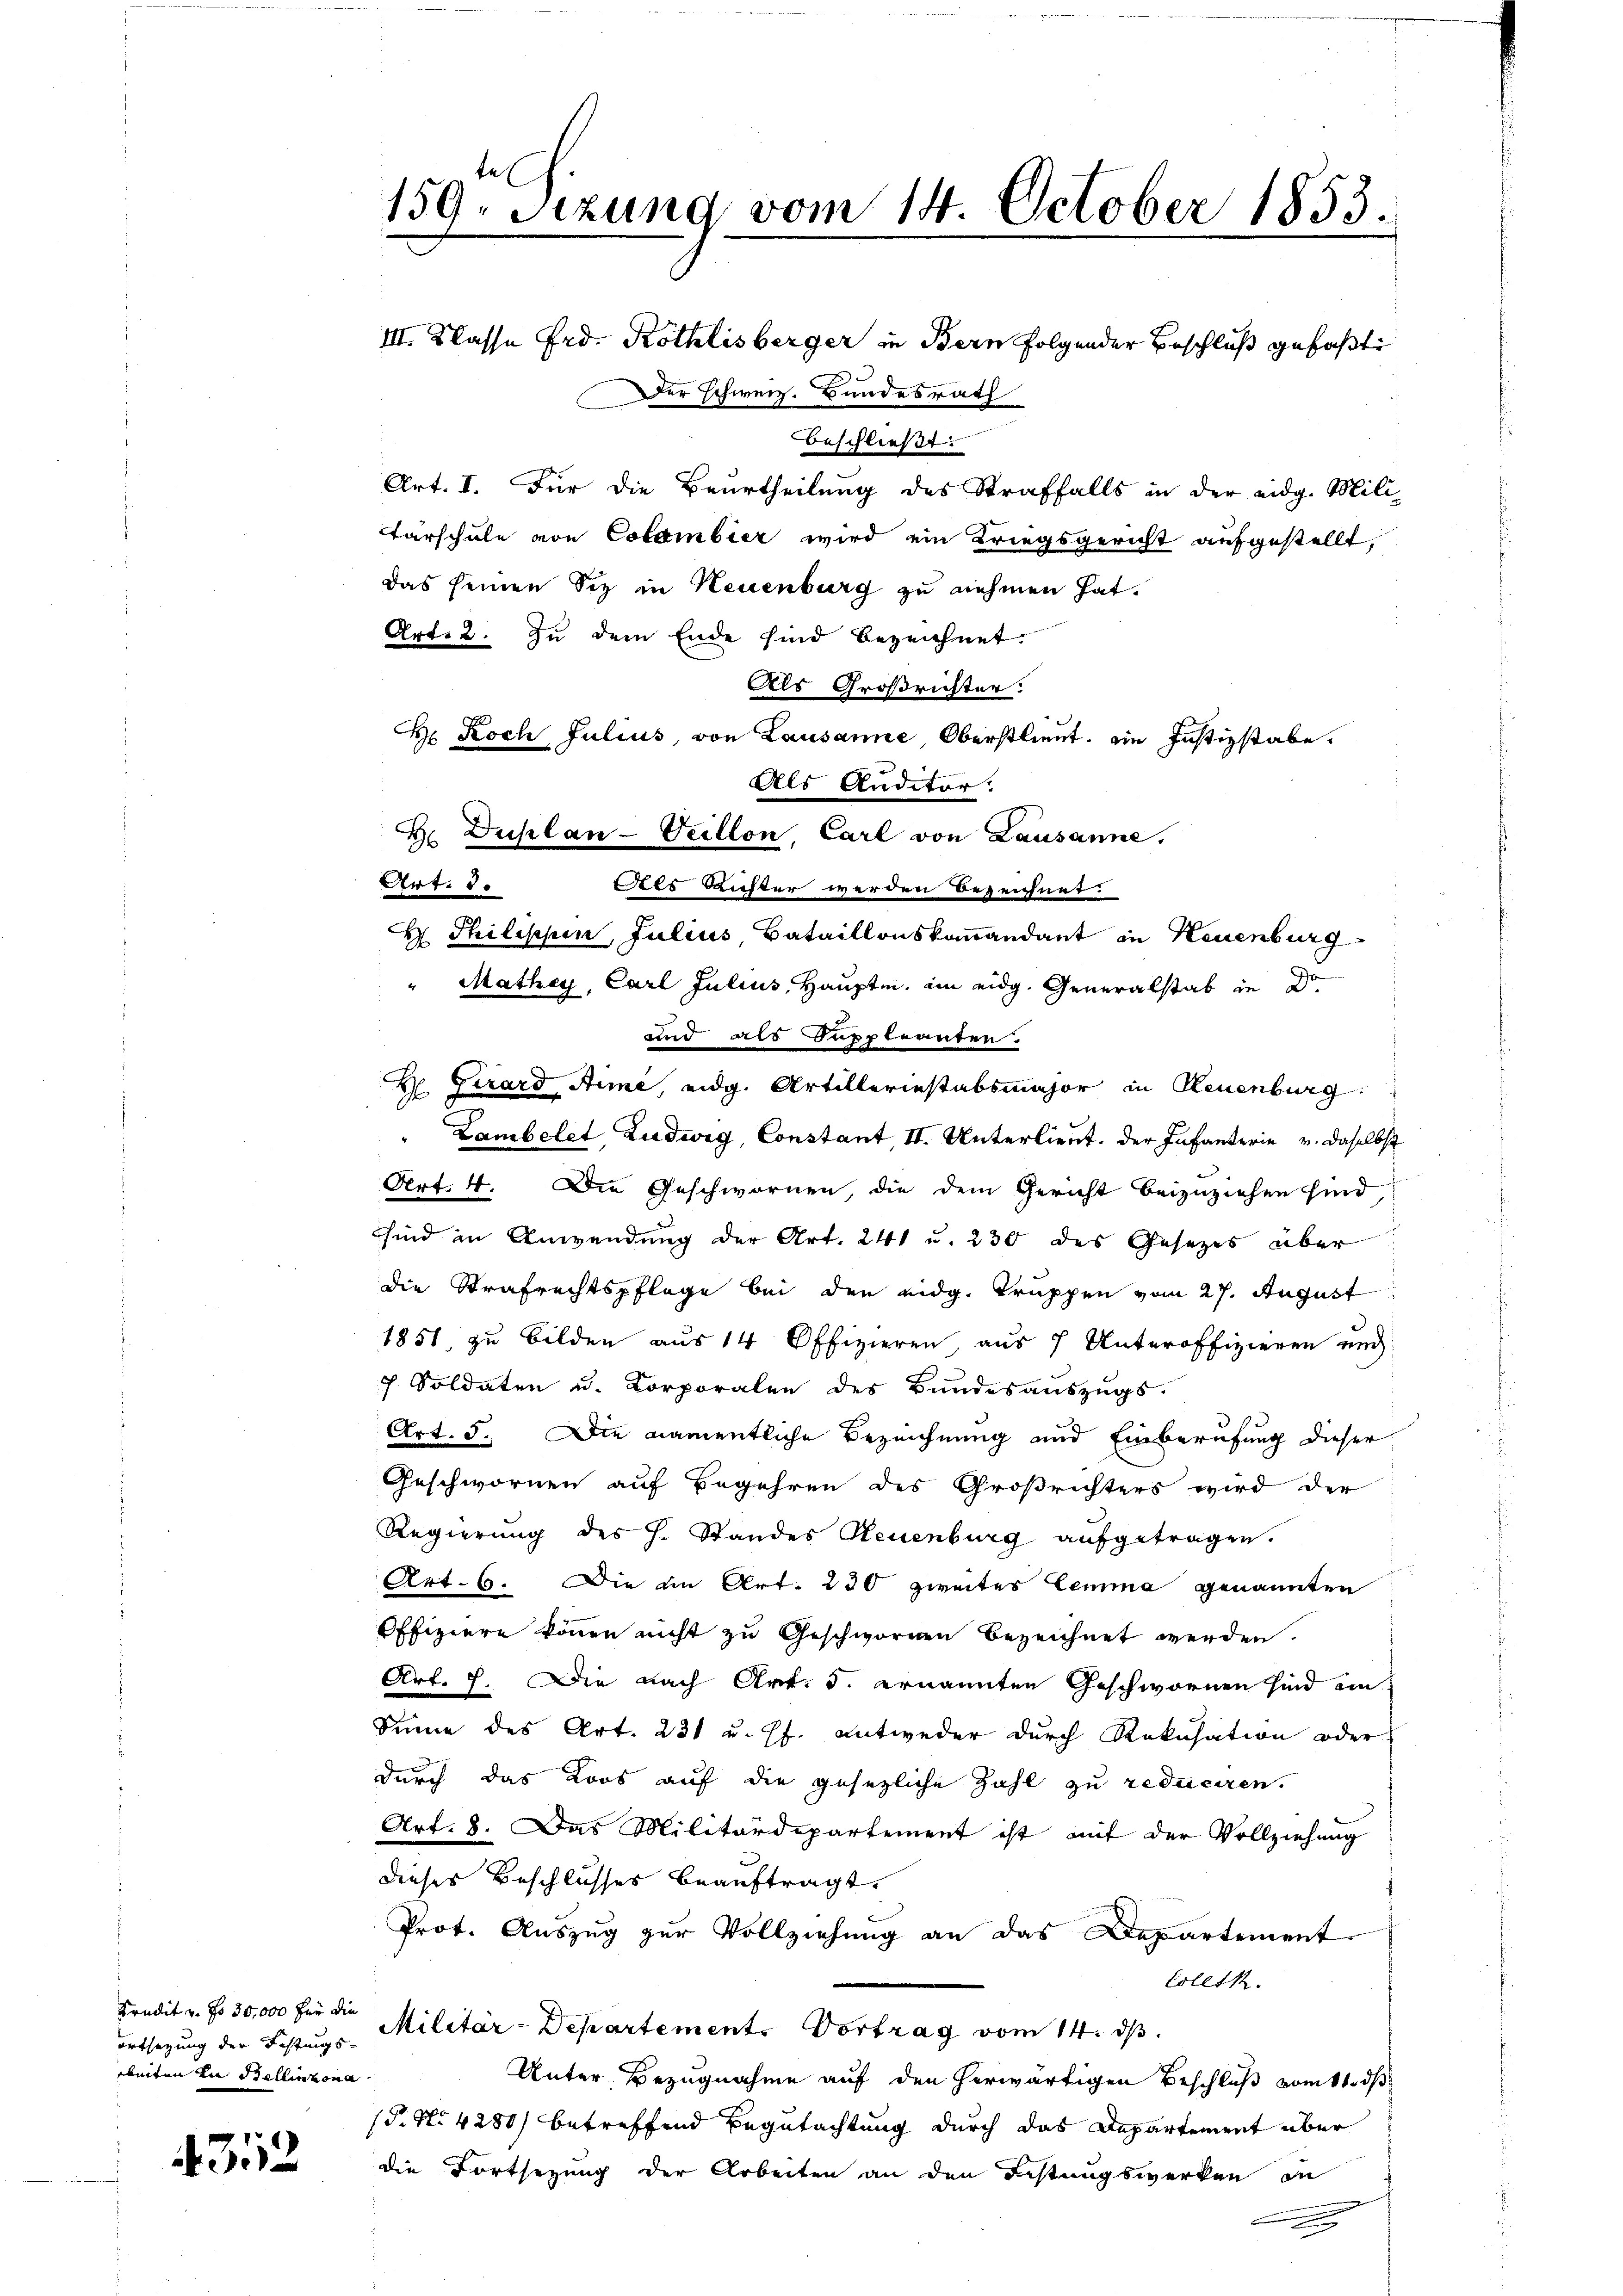
Kredit v. No 30,000 für die
ortsetzung der Festungs-
beiten in Stellinzona

4312

159. Sizung vom 14. October 1853.

III. Klasse Frd. Röthlisberger in Bern folgender Beschluß gefaßte
Der Schweiz. Bundesrath
beschließt:
Art. I. Für die Beurtheilung des Straffalls in der eidg. Mili-
Tarschule von Colombier wird ein Kriegsgericht aufgestellt,
das seinen Siz in Neuenburg zu nehmen hat.
Art. 2. Zu dem Ende sind bezeichnet.
Als Großrichter.
H. Koch Julius, von Lausanne, Oberstlieut. ein Justizstabe.
ls Richter werden bezeichnet.
H Philippen, Julius, Bataillonskommandant in Neuenburg
" Mathey, Carl Julius, Hauptm. im eidg. Generalstab in Dr.
und als Suppleanten.
H. Girard, Arme, eidg. Artilleriestabsmajor in Reuenburg:
Lambelet, Ludwig, Constant II. Unterlieut. der Infanterie u. daselbst
Art. 4. Die Geschwornen, die dem Gericht beizuziehen sind,
sind in Anwendung der Art. 241 u. 230 des Gesetzes über
die Strafrechtspflege bei den eidg. Truppen vom 27. August
1851, zu bilden aus 14 Offizieren, aus 7 Unteroffizieren und
7 Soldaten u. Korporalen des Bundesauszugs-
Art. 5. Die namentliche Bezeichnung und Einberufung dieser
Geschwornen auf Begehren des Großrichters wird der
Regierung des H. Standes Neuenburg aufgetragen.
Art. 6. Die in Art. 230 zweites Lemma genannten
Pffiziere können nicht zu Geschwornen bezeichnet werden.
Art. 7. Die nach Art. 5. ernannten Geschwornen sind ein
Sinne des Art. 231 u. Pf. antweder durch Rokusation oder
durch das Loos auf die gesezliche Zahl zu reduciren.
Art. 8. Das Militärdepartement ist mit der Vollziehung
dieser Beschlusses beauftragt.
Prot. Auszug zur Vollziehung an das Departement
Collte.
Militär-Departement. Vortrag vom 14. d.
Unter Bezugnahme auf den herwärtigen Beschluß vom 11. ds
P. Nr. 4280) betreffend Begutachtung durch das Departement über
die Fortsezung der Arbeiten an den Festungswerken in
.

Art. 30

Als Anditor.
F. Duplan-Veillon, Carl von Lausanne.